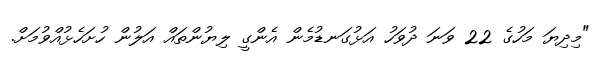
"މިދިޔަ މަހުގެ 22 ވަނަ ދުވަހު އަޅުގަނޑުމެން އެންގީ ލިޔުންތައް އަލުން ހުށަހެޅުއްވުމަށް.